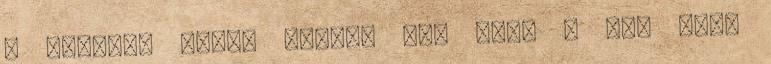
a szürke, ködös télben jól esik a sok szín